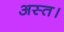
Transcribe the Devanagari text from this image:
अस्त।